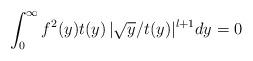
LaTeX: \begin{align*}\int_0^\infty f^2(y) t(y) \, | \sqrt y /t(y)|^{l+1} dy = 0 \end{align*}